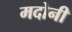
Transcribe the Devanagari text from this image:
मदोनी